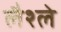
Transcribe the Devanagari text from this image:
लैश्ले